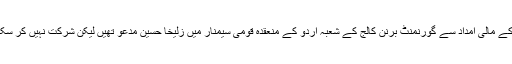
ابھی حال ہی میں NCPULکے مالی امداد سے گورنمنٹ برنن کالج کے شعبہ اُردو کے منعقدہ قومی سیمنار میں زُلیخا حُسین مدعو تھیں لیکن شرکت نہیں کر سکیں، البتہ صدر شعبہ اُردو ای۔